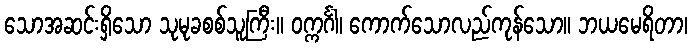
သောအဆင်းရှိသော သုမုခစစ်သူကြီး။ ဝက္ကင်္ဂါ၊ ကောက်သောလည်ကုန်သော။ ဘယမေရိတာ၊